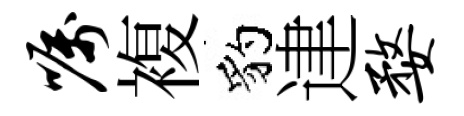
嘱複豹䢖婺